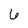
Character: 6